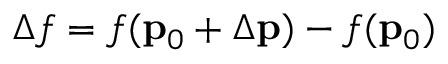
\Delta f = f ( { \bf p } _ { 0 } + \Delta { \bf p } ) - f ( { \bf p } _ { 0 } )